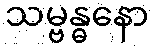
သမ္ဗန္ဓနော